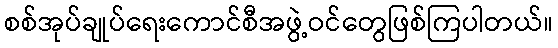
စစ်အုပ်ချုပ်ရေးကောင်စီအဖွဲ့ဝင်တွေဖြစ်ကြပါတယ်။